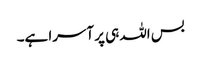
بس اللہ ہی پر آسرا ہے۔